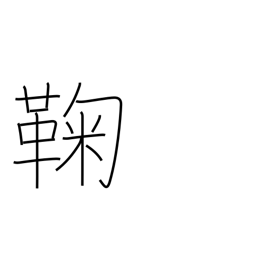
Meaning: ball